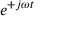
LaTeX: \, e ^ { + j \omega t }